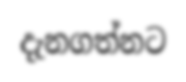
දැනගත්නට